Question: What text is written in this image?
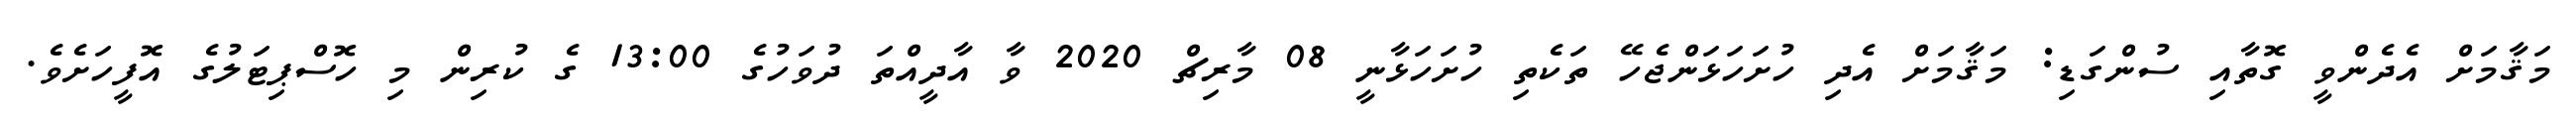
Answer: މަޤާމަށް އެދެންވީ ގޮތާއި ސުންގަޑި: މަޤާމަށް އެދި ހުށަހަޅަންޖެހޭ ތަކެތި ހުށަހަޅާނީ 08 މާރިޗް 2020 ވާ އާދީއްތަ ދުވަހުގެ 13:00 ގެ ކުރިން މި ހޮސްޕިޓަލުގެ އޮފީހަށެވެ.